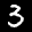
Label: 3